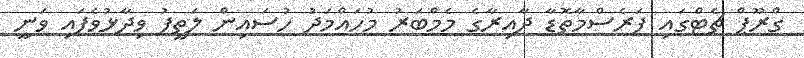
ގްރޫޕް ޗެޓްގައި ފަރެސްމާތޮޑާ ދާއިރާގެ މެމްބަރު މުހައްމަދު ހުސައިން ލަތީފު ވިދާޅުވެފައި ވަނީ